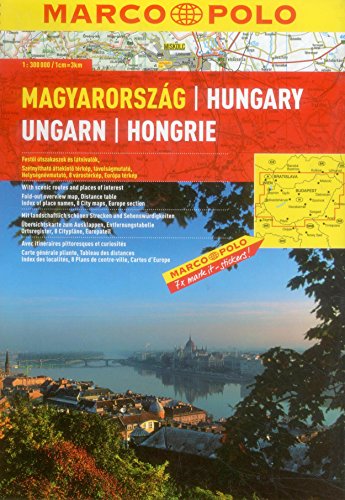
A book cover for Hungary Marco Polo Road Atlas; Marco Polo Travel; Travel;